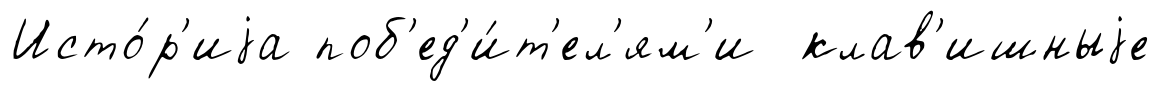
Исто́р'иjа поб'ед'и́т'ел'ям'и клав'ишныjе